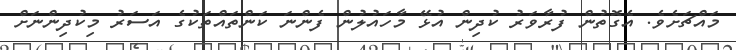
މައްޗަށެވެ. އެގޮތުން ފުރާވަރު ކުދިން އުޅޭ މާހައުލުން ފެންނަ ކަންތައްތަކުގެ އަސަރު މިކުދިންނަށް